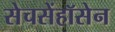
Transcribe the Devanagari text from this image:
सेचसेंहॉसेन